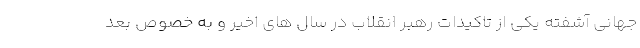
جهانی آشفته یکی از تاکیدات رهبر انقلاب در سال های اخیر و به خصوص بعد